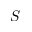
S